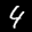
Label: 4